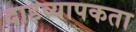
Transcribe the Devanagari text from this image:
दाहव्यापकता